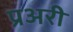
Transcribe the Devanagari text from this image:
प्रअरी